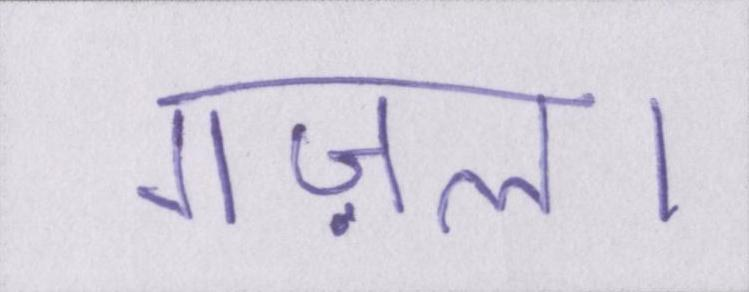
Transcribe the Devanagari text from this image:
गज़ल।